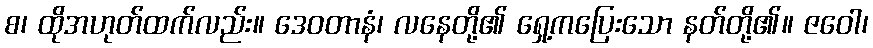
စ၊ ထိုအဟုတ်ထက်လည်း။ ဒေဝတာနံ၊ လနေတို့၏ ရှေ့ကပြေးသော နတ်တို့၏။ ဇဝေါ၊